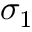
\sigma _ { 1 }